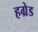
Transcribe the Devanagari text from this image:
हग्रेड